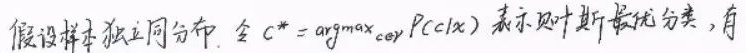
假设样本独立同分布。令 \(c^{*}=\arg\max_{c\in\mathcal{Y}}P(c|x)\) 表示贝叶斯最优分类，有